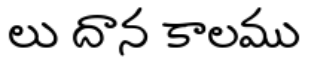
లు దాన కాలము